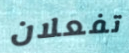
تفعلان